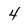
Character: 4